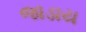
જાડાય